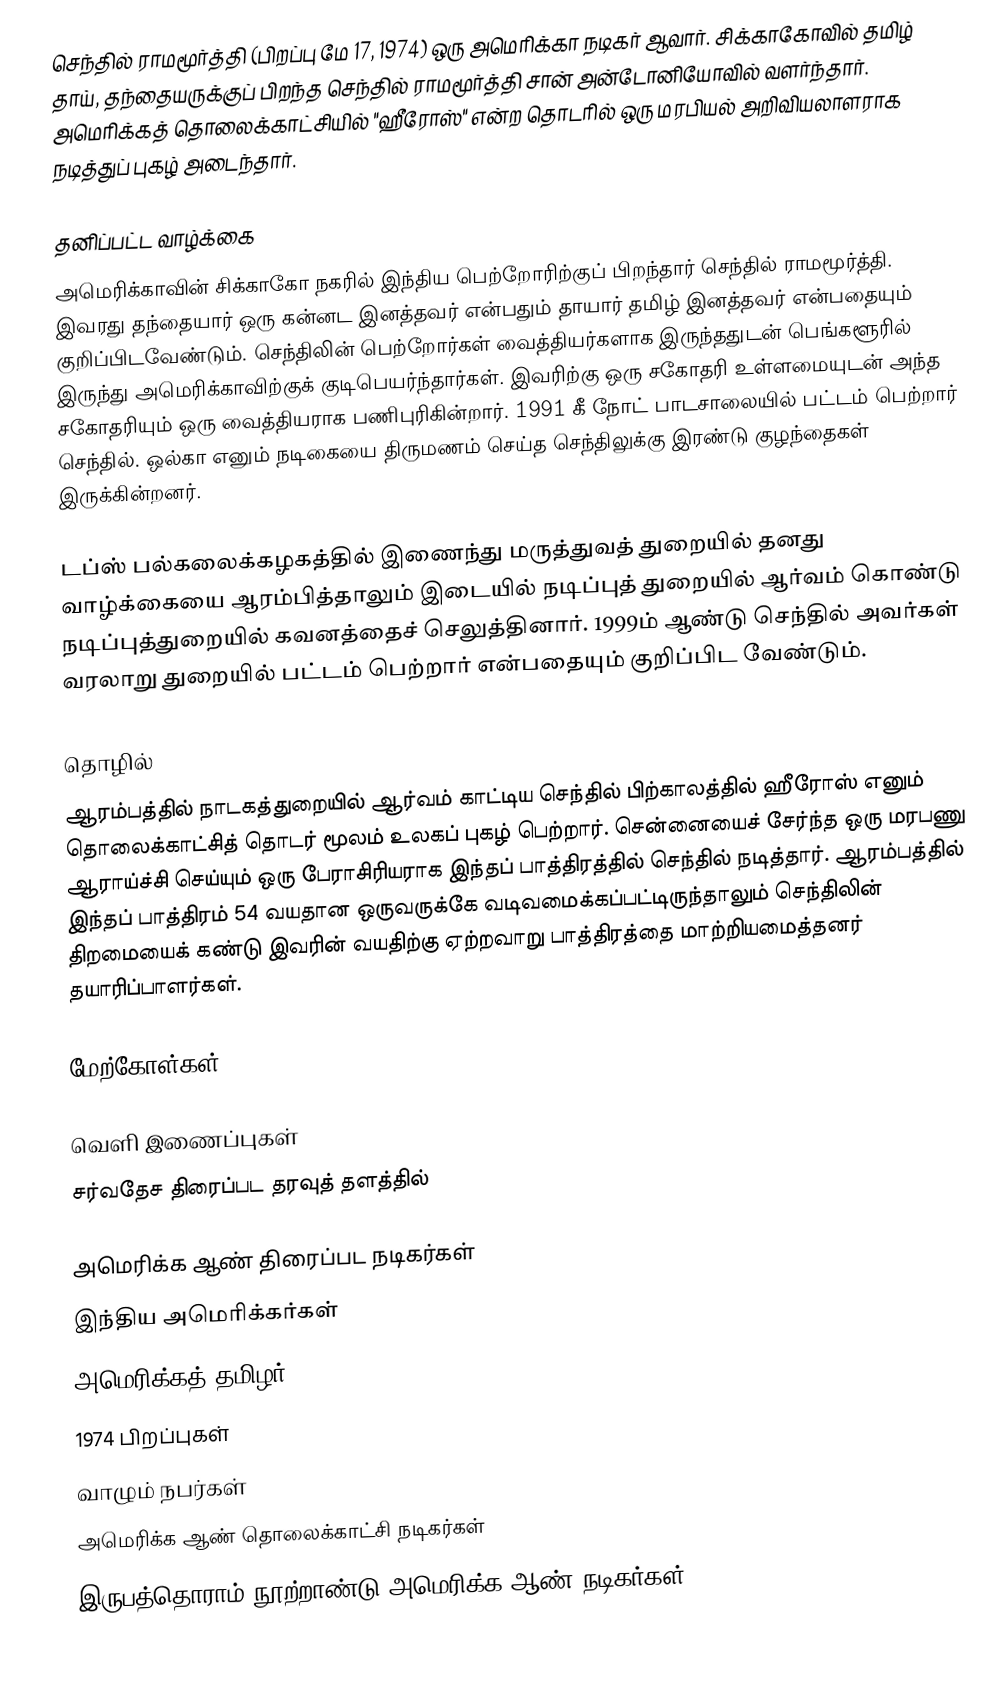
செந்தில் ராமமூர்த்தி (பிறப்பு மே 17, 1974) ஒரு அமெரிக்கா நடிகர் ஆவார். சிக்காகோவில் தமிழ் தாய், தந்தையருக்குப் பிறந்த செந்தில் ராமமூர்த்தி சான் அன்டோனியோவில் வளர்ந்தார். அமெரிக்கத் தொலைக்காட்சியில் "ஹீரோஸ்" என்ற தொடரில் ஒரு மரபியல் அறிவியலாளராக நடித்துப் புகழ் அடைந்தார்.

தனிப்பட்ட வாழ்க்கை
அமெரிக்காவின் சிக்காகோ நகரில் இந்திய பெற்றோரிற்குப் பிறந்தார் செந்தில் ராமமூர்த்தி. இவரது தந்தையார் ஒரு கன்னட இனத்தவர் என்பதும் தாயார் தமிழ் இனத்தவர் என்பதையும் குறிப்பிடவேண்டும். செந்திலின் பெற்றோர்கள் வைத்தியர்களாக இருந்ததுடன் பெங்களூரில் இருந்து அமெரிக்காவிற்குக் குடிபெயர்ந்தார்கள். இவரிற்கு ஒரு சகோதரி உள்ளமையுடன் அந்த சகோதரியும் ஒரு வைத்தியராக பணிபுரிகின்றார். 1991 கீ நோட் பாடசாலையில் பட்டம் பெற்றார் செந்தில். ஒல்கா எனும் நடிகையை திருமணம் செய்த செந்திலுக்கு இரண்டு குழந்தைகள் இருக்கின்றனர்.

டப்ஸ் பல்கலைக்கழகத்தில் இணைந்து மருத்துவத் துறையில் தனது வாழ்க்கையை ஆரம்பித்தாலும் இடையில் நடிப்புத் துறையில் ஆர்வம் கொண்டு நடிப்புத்துறையில் கவனத்தைச் செலுத்தினார். 1999ம் ஆண்டு செந்தில் அவர்கள் வரலாறு துறையில் பட்டம் பெற்றார் என்பதையும் குறிப்பிட வேண்டும்.

தொழில்
ஆரம்பத்தில் நாடகத்துறையில் ஆர்வம் காட்டிய செந்தில் பிற்காலத்தில் ஹீரோஸ் எனும் தொலைக்காட்சித் தொடர் மூலம் உலகப் புகழ் பெற்றார். சென்னையைச் சேர்ந்த ஒரு மரபணு ஆராய்ச்சி செய்யும் ஒரு பேராசிரியராக இந்தப் பாத்திரத்தில் செந்தில் நடித்தார். ஆரம்பத்தில் இந்தப் பாத்திரம் 54 வயதான ஒருவருக்கே வடிவமைக்கப்பட்டிருந்தாலும் செந்திலின் திறமையைக் கண்டு இவரின் வயதிற்கு ஏற்றவாறு பாத்திரத்தை மாற்றியமைத்தனர் தயாரிப்பாளர்கள்.

மேற்கோள்கள்

வெளி இணைப்புகள்
 சர்வதேச திரைப்பட தரவுத் தளத்தில்

அமெரிக்க ஆண் திரைப்பட நடிகர்கள்
இந்திய அமெரிக்கர்கள்
அமெரிக்கத் தமிழர்
1974 பிறப்புகள்
வாழும் நபர்கள்
அமெரிக்க ஆண் தொலைக்காட்சி நடிகர்கள்
இருபத்தொராம் நூற்றாண்டு அமெரிக்க ஆண் நடிகர்கள்